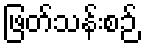
ဖြတ်သန်းစဉ်